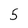
Character: 5